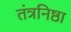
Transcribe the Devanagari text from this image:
तंत्रनिष्ठा